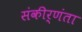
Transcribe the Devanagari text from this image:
संकीर्णंता